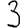
Digit: 3